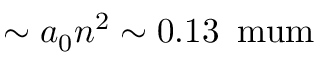
\sim a _ { 0 } n ^ { 2 } \sim 0 . 1 3 \, \mathrm { \ m u m }